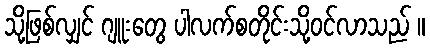
သို့ဖြစ်လျှင် ဂျူးတွေ ပါလက်စတိုင်းသို့ဝင်လာသည် ။